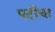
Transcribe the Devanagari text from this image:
पटीचा